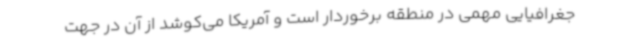
جغرافیایی مهمی در منطقه برخوردار است و آمریکا می‌کوشد از آن در جهت